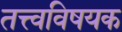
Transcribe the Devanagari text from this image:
तत्त्वविषयक